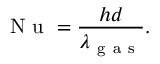
\mathrm { ~ N ~ u ~ } = \frac { h d } { \lambda _ { \mathrm { ~ g ~ a ~ s ~ } } } .